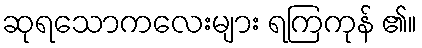
ဆုရသောကလေးများ ရကြကုန် ၏။